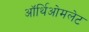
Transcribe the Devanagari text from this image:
ऑर्थिओमलेट